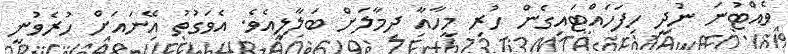
ވެއްޓުނަ ނުދީ ހިފަހައްޓައިގެން ހުރި މީހާއާ ދިމާލަށް ބަލާލިއެވެ. އެވަގުތު އޭނައަށް ހުރެވުނީ